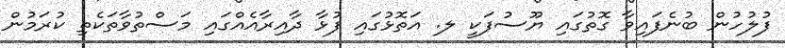
ފުލުހުން ބުނެފައިވާ ގޮތުގައި ޔޫސުފަކީ ލ. އަތޮޅުގައި ފުޅާ ދާއިރާއެއްގައި މަސްތުވާތަކެތި ކުރަމުން